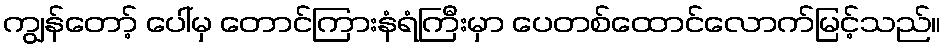
ကျွန်တော့် ပေါ်မှ တောင်ကြားနံရံကြီးမှာ ပေတစ်ထောင်လောက်မြင့်သည်။